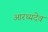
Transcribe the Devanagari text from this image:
आरध्यदेव